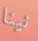
نينا